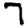
Digit: 7